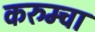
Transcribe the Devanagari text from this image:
करुम्चा